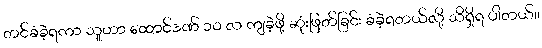
တင်ခံခဲ့ရကာ သူဟာ ထောင်ဒဏ် ၁၀ လ ကျခဲ့ဖို့ ဆုံးဖြတ်ခြင်း ခံခဲ့ရတယ်လို့ သိရှိရ ပါတယ်။